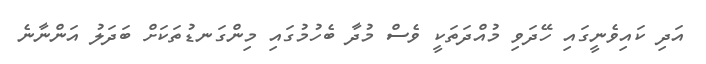
އަދި ކައިވެނީގައި ހޭދަވި މުއްދަތަކީ ވެސް މުދާ ބެހުމުގައި މިންގަނޑުތަކަށް ބަދަލު އަންނާނެ